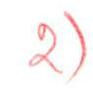
2)